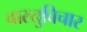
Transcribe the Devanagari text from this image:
वास्तुविचार